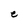
Character: e